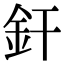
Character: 釬